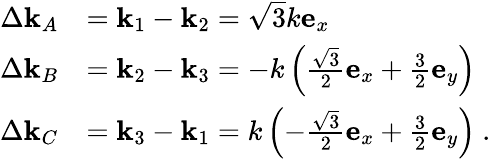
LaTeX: \begin{array}{rl}{\Delta\textbf{k}_{A}}&{=\textbf{k}_{1}-\textbf{k}_{2}=\sqrt{3}k\mathbf{e}_{x}}\\ {\Delta\textbf{k}_{B}}&{=\textbf{k}_{2}-\textbf{k}_{3}=-k\left(\frac{\sqrt{3}}{2}\mathbf{e}_{x}+\frac{3}{2}\mathbf{e}_{y}\right)}\\ {\Delta\textbf{k}_{C}}&{=\textbf{k}_{3}-\textbf{k}_{1}=k\left(-\frac{\sqrt{3}}{2}\mathbf{e}_{x}+\frac{3}{2}\mathbf{e}_{y}\right)\ .}\end{array}